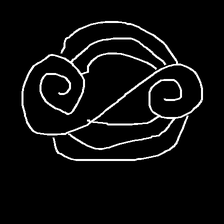
Glyph: wind-underfoot